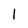
Character: 1